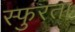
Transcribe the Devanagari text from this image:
स्फुरता